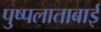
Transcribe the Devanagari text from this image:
पुष्पलाताबाई